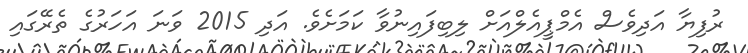
ރުފިޔާ އަދިވެސް އެމްޕީއެލްއަށް ލިބިފައިނުވާ ކަމަށެވެ. އަދި 2015 ވަނަ އަހަރުގެ ތެރޭގައި